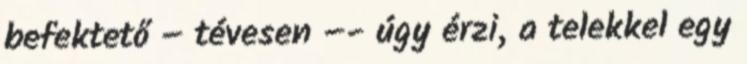
befektető – tévesen –- úgy érzi, a telekkel egy